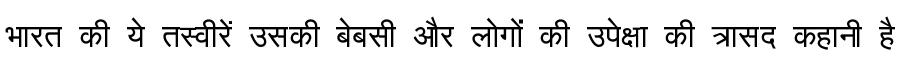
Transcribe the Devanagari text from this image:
भारत की ये तस्वीरें उसकी बेबसी और लोगों की उपेक्षा की त्रासद कहानी है